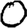
Digit: 0